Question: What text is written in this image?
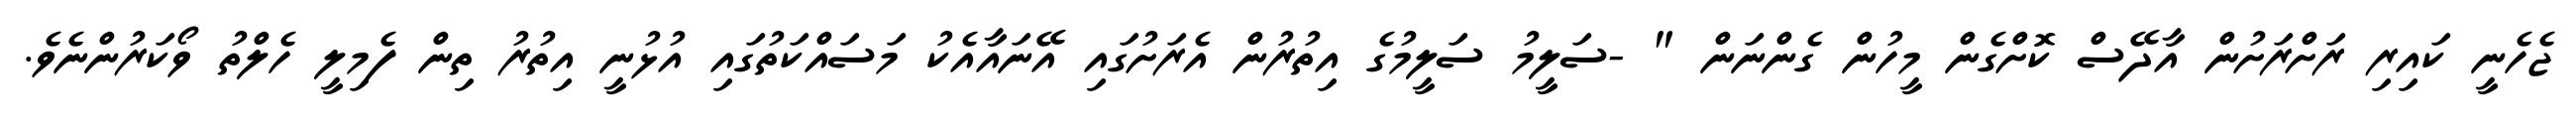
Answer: ޖެހެނީ ކައިރި ރަށްރަށުން އާދޭސް ކޮށްގެން މީހުން ގެންނަން " -ސަލީމު ސަލީމުގެ އިތުރުން އެރަށުގައި އޭނައާއެކު މަސައްކަތުގައި އުޅުނީ އިތުރު ތިން ފެމިލީ ހެލްތު ވޯކަރުންނެވެ.